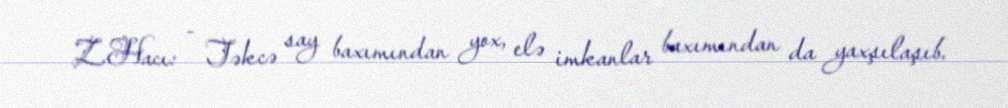
Z.Hacı: - Təkcə say baxımından yox, elə imkanlar baxımından da yaxşılaşıb.